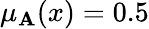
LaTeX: \mu_{\mathbf{A}}(x)=0.5